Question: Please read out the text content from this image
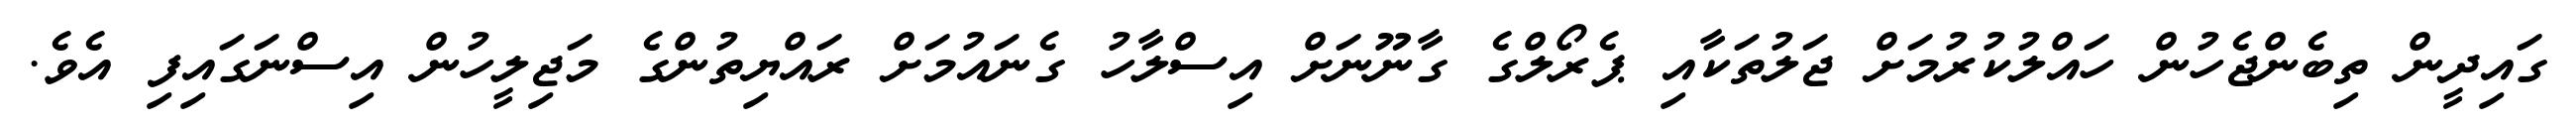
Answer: ގައިދީން ތިބެންޖެހުން ހައްލުކުރުމަށް ޖަލުތަކާއި ޕެރޯލްގެ ގާނޫނަށް އިސްލާހު ގެނައުމަށް ރައްޔިތުންގެ މަޖިލީހުން އިސްނަގައިފި އެވެ.